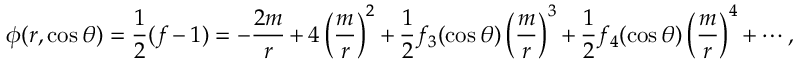
\phi ( r , \cos \theta ) = \frac { 1 } { 2 } ( f - 1 ) = - \frac { 2 m } { r } + 4 \left( \frac { m } { r } \right) ^ { 2 } + \frac { 1 } { 2 } f _ { 3 } ( \cos \theta ) \left( \frac { m } { r } \right) ^ { 3 } + \frac { 1 } { 2 } f _ { 4 } ( \cos \theta ) \left( \frac { m } { r } \right) ^ { 4 } + \cdots ,